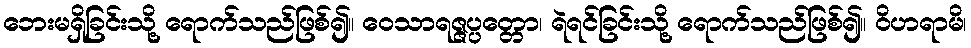
ဘေးမရှိခြင်းသို့ ရောက်သည်ဖြစ်၍။ ဝေသာရဇ္ဇပ္ပတ္တော၊ ရဲရင်ခြင်းသို့ ရောက်သည်ဖြစ်၍။ ဝိဟရာမိ၊